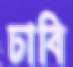
ঢাবি